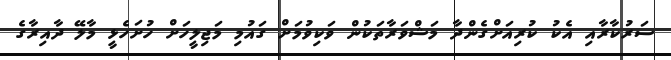
ސަރުކާރާއި އެކު ކުރިއަށްގެންދާ މަޝްވަރާތަކުން ވަކިވުމަށް ގައުމި މަޖިލީހަށް ހުށަހެޅީ މާލޭ ދާއިރާގެ